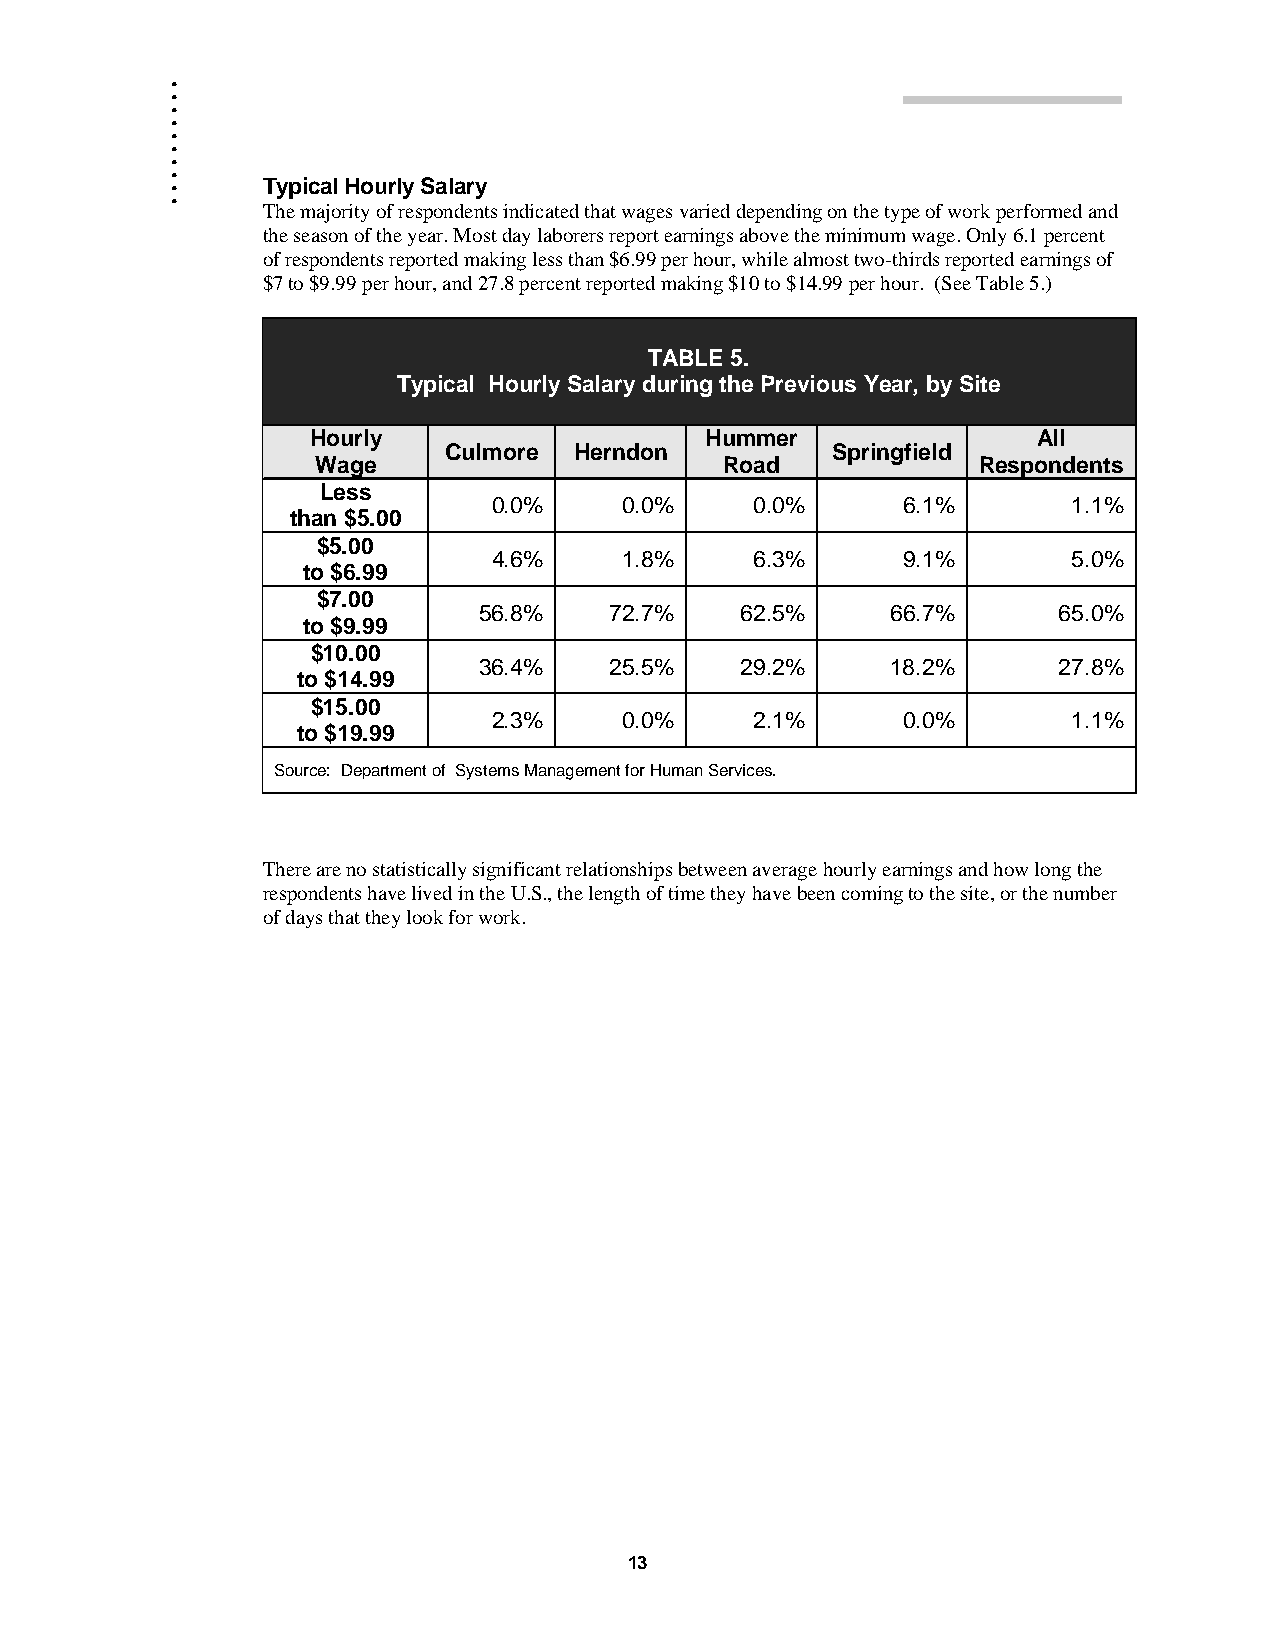
.
 .
 .
 .
 .
 .
 .
 .
 .
 .     Typical Hourly Salary
 The majority of respondents indicated that wages varied depending on the type of work performed and
 the season of the year. Most day laborers report earnings above the minimum wage. Only 6.1 percent
 of respondents reported making less than $6.99 per hour, while almost two-thirds reported earnings of
 $7 to $9.99 per hour, and 27.8 percent reported making $10 to $14.99 per hour. (See Table 5.)
 TABLE 5.
 Typical Hourly Salary during the Previous Year, by Site
 Hourly                    Hummer                All
 Culmore  Herndon          Springfield
 Wage                       Road             Respondents
 Less
 0.0%    0.0%     0.0%      6.1%       1.1%
 than $5.00
 $5.00
 4.6%    1.8%     6.3%      9.1%       5.0%
 to $6.99
 $7.00
 56.8%   72.7%    62.5%     66.7%      65.0%
 to $9.99
 $10.00
 36.4%   25.5%    29.2%     18.2%      27.8%
 to $14.99
 $15.00
 2.3%    0.0%     2.1%      0.0%       1.1%
 to $19.99
 Source: Department of Systems Management for Human Services.
 There are no statistically significant relationships between average hourly earnings and how long the
 respondents have lived in the U.S., the length of time they have been coming to the site, or the number
 of days that they look for work.
 13